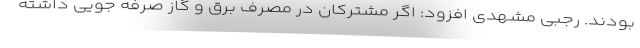
بودند. رجبی مشهدی افزود: اگر مشترکان در مصرف برق و گاز صرفه جویی داشته